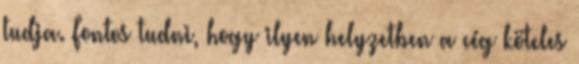
tudja. Fontos tudni, hogy ilyen helyzetben a cég köteles